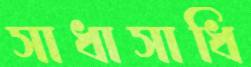
সাধাসাধি